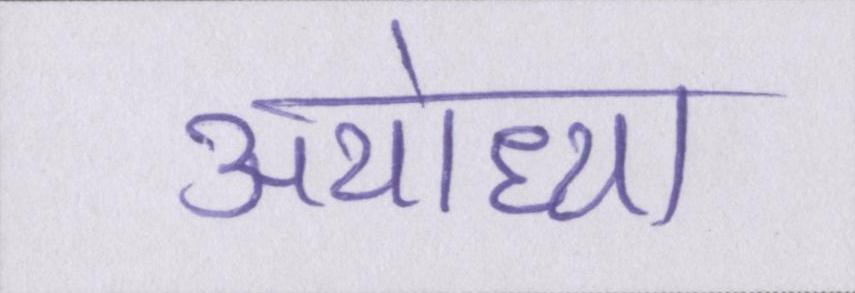
अयोध्या